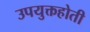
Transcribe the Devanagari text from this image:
उपयुक्तहोती